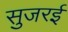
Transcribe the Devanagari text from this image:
सुजरई